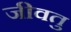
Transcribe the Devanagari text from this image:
जीवतु